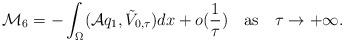
LaTeX: \begin{align*}\mathcal M_6=-\int_\Omega (\mathcal A q_1,\tilde V_{0,\tau})dx+o(\frac 1{\tau})\quad\mbox{as}\quad\tau\rightarrow +\infty.\end{align*}